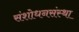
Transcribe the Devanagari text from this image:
संशोधनसंस्था